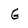
Character: G